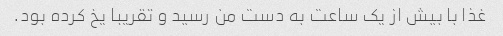
غذا با بیش از یک ساعت به دست من رسید و تقریبا یخ کرده بود.